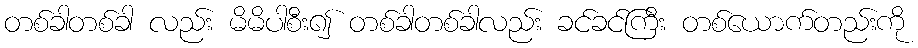
တစ်ခါတစ်ခါ လည်း မိမိပါစီး၍ တစ်ခါတစ်ခါလည်း ခင်ခင်ကြီး တစ်ယောက်တည်းကို